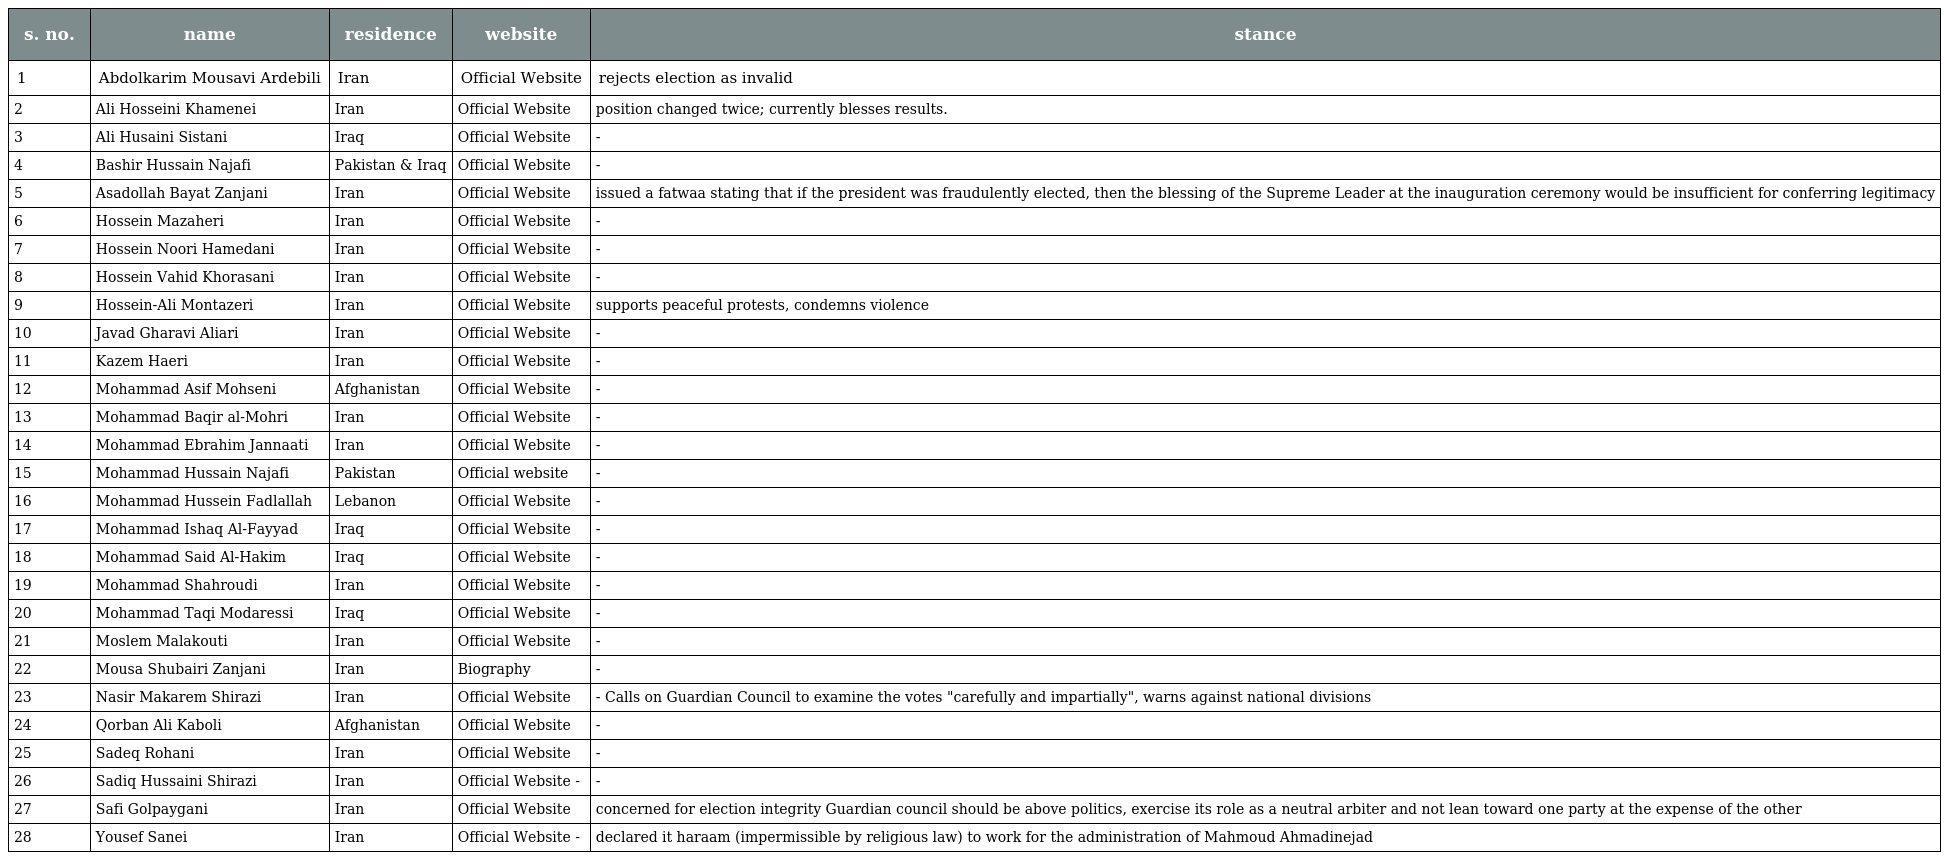
| s. no. | name | residence | website | stance |
 | --- | --- | --- | --- | --- |
 | 1 | Abdolkarim Mousavi Ardebili | Iran | Official Website | rejects election as invalid |
 | 2 | Ali Hosseini Khamenei | Iran | Official Website | position changed twice; currently blesses results. |
 | 3 | Ali Husaini Sistani | Iraq | Official Website | - |
 | 4 | Bashir Hussain Najafi | Pakistan & Iraq | Official Website | - |
 | 5 | Asadollah Bayat Zanjani | Iran | Official Website | issued a fatwaa stating that if the president was fraudulently elected, then the blessing of the Supreme Leader at the inauguration ceremony would be insufficient for conferring legitimacy |
 | 6 | Hossein Mazaheri | Iran | Official Website | - |
 | 7 | Hossein Noori Hamedani | Iran | Official Website | - |
 | 8 | Hossein Vahid Khorasani | Iran | Official Website | - |
 | 9 | Hossein-Ali Montazeri | Iran | Official Website | supports peaceful protests, condemns violence |
 | 10 | Javad Gharavi Aliari | Iran | Official Website | - |
 | 11 | Kazem Haeri | Iran | Official Website | - |
 | 12 | Mohammad Asif Mohseni | Afghanistan | Official Website | - |
 | 13 | Mohammad Baqir al-Mohri | Iran | Official Website | - |
 | 14 | Mohammad Ebrahim Jannaati | Iran | Official Website | - |
 | 15 | Mohammad Hussain Najafi | Pakistan | Official website | - |
 | 16 | Mohammad Hussein Fadlallah | Lebanon | Official Website | - |
 | 17 | Mohammad Ishaq Al-Fayyad | Iraq | Official Website | - |
 | 18 | Mohammad Said Al-Hakim | Iraq | Official Website | - |
 | 19 | Mohammad Shahroudi | Iran | Official Website | - |
 | 20 | Mohammad Taqi Modaressi | Iraq | Official Website | - |
 | 21 | Moslem Malakouti | Iran | Official Website | - |
 | 22 | Mousa Shubairi Zanjani | Iran | Biography | - |
 | 23 | Nasir Makarem Shirazi | Iran | Official Website | - Calls on Guardian Council to examine the votes "carefully and impartially", warns against national divisions |
 | 24 | Qorban Ali Kaboli | Afghanistan | Official Website | - |
 | 25 | Sadeq Rohani | Iran | Official Website | - |
 | 26 | Sadiq Hussaini Shirazi | Iran | Official Website - | - |
 | 27 | Safi Golpaygani | Iran | Official Website | concerned for election integrity Guardian council should be above politics, exercise its role as a neutral arbiter and not lean toward one party at the expense of the other |
 | 28 | Yousef Sanei | Iran | Official Website - | declared it haraam (impermissible by religious law) to work for the administration of Mahmoud Ahmadinejad |